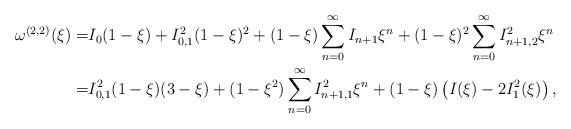
LaTeX: \begin{align*}\omega^{(2,2)}(\xi)=&I_{0}(1-\xi)+I_{0,1}^{2}(1-\xi)^{2}+(1-\xi)\sum_{n=0}^{\infty}I_{n+1}\xi^{n}+(1-\xi)^{2}\sum_{n=0}^{\infty}I_{n+1,2}^{2}\xi^{n} \\ =&I_{0,1}^{2}(1-\xi)(3-\xi)+(1-\xi^{2})\sum_{n=0}^{\infty}I_{n+1,1}^{2}\xi^{n}+(1-\xi)\left(I(\xi)-2I_{1}^{2}(\xi)\right),\end{align*}